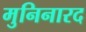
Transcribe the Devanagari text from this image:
मुनिनारद